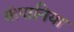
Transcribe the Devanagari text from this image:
कंपानिया